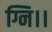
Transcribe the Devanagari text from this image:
ग्नि।।